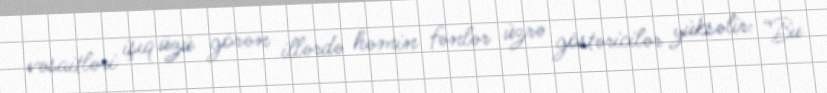
vəsaitləri işıq üzü görən illərdə həmin fənlər üzrə göstəricilər yüksəlir: “Bu